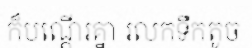
ក៏បណ្តើរគ្នា រលកទឹកតូច